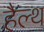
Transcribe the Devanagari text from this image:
हैल्‍थ